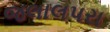
જલાલપરા